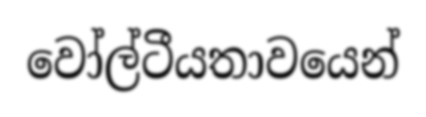
වෝල්ටීයතාවයෙන්